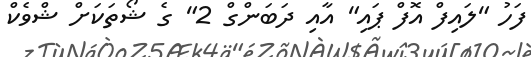
ފަހު "ލައިފް އޮފް ޕައި" އާއި ދަބަންގް 2" ގެ ޝޯތަކަށް ޝްވެކް